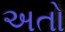
અતો